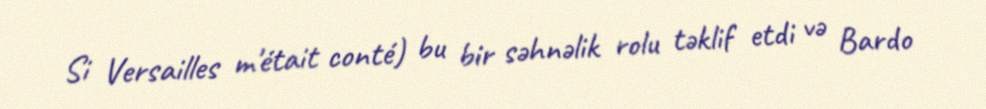
Si Versailles m'était conté) bu bir səhnəlik rolu təklif etdi və Bardo